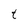
Character: t